Vaccination in Bombay 1889-1901 - 1889-1901
Year: 1889
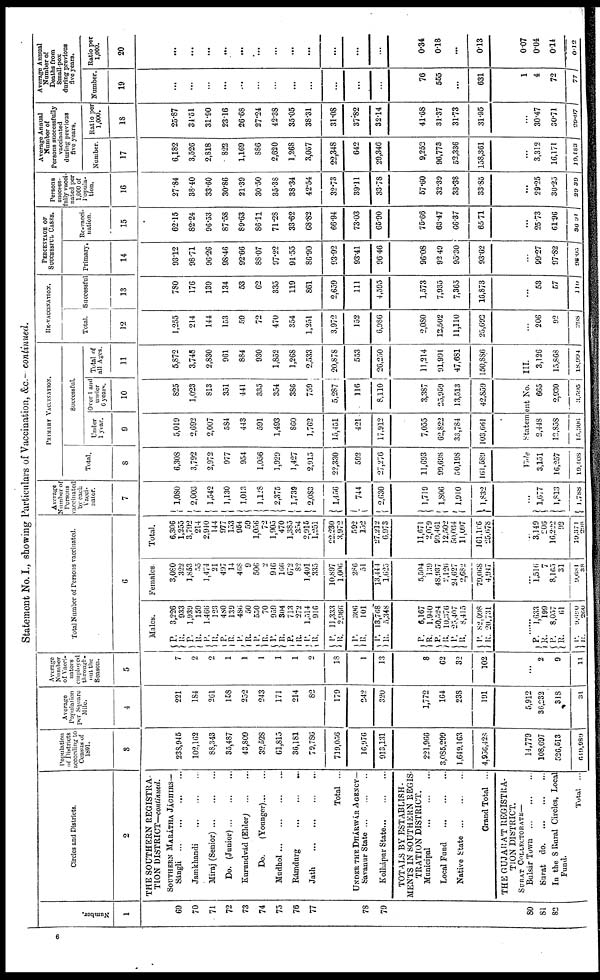
Statement No. I., showing Particulars of Vaccination, &c.— continued.
Number.
1
69
70
71
72
73
74
75
76
77
7S
79
80
81
82
Circles and Districts.
2
THE SOUTHERN REGISTRA-
TION DISTRICT—continued.
SOUTHERN MARÁTHA JÁCHIRS—
Sángli
... ... ... ...
Jamkhandi
...
...
...
Miraj
(Senior)...
...
...
Do.
(Junior)... ... ...
Kurundvád (Elder)
...
...
Do.
(Younger)... ...
Mudhol...
...
...
...
Rámdurg
...
...
...
Jath
...
...
...
...
Total ...
UNDER THE DHÁRWÁR AGENCY—
Savanur State... ... ...
Kolhápur
State...
...
...
TOTALS BY ESTABLISH¬
MENTS IN SOUTHERN REGIS-
TRATION DISTRICT.
Municipal
...
...
...
Local Fund
...
...
...
Native
State...
...
...
Grand Total ...
THE GUJARÁT REGISTRA-
TION DISTRICT.
SURAT COLLECTORATE—
Bulsár Town
...
...
...
Surat
do. ... ... ...
In the 8 Rural Circles, Local
Fund.
Total ...
Population
of Districts
according to
Census of
1891.
3
238,945
102,162
88,343
35,487
43,809
32,528
61,815
36,181
79,786
719,056
16,976
913,131
221,966
3,085,299
1,649,163
4,956,428
14,779
108,697
526,513
649,989
Average
Population
per Square
Mile.
4
221
184
261
158
232
243
171
214
82
179
242
320
1,772
164
238
191
5,912
36,232
318
31
Average
Number
of Vacci¬
nators
employed
through¬
out the
Season.
5
7
2
2
1
1
1
1
1
2
18
1
13
8
62
32
102
...
2
9
11
Total Number of Persons vaccinated.
6
Males.
P.
R. P.
R.
P.
R.
P.
R.
P.
R.
P.
R.
P.
R.
P.
R.
P.
R.
P.
R.
P.
R.
P.
R.
3,226 933
1,939
159
1,466
123
480
139
486
50
550
70
959
304
713
272
1,514
916
11,333
2,966
306 101
13,768
5,348
P.
R.
P.
R.
P.
R.
P.
R.
6,167
1,940
50,324
10,376
25,407
8,415
82,098
20,731
...
P.
R.
P.
R.
P.
R.
1,633
199
8,057
61
9,690
26.0
Females.
3,080 322
1,853
55
1,474
21
497
14
468
9
506
2
946
166
672
82
1,401
335
10,897
1,006
286
51
13,444
1,625
5,504
139
48,937
2,126
24,627
2,682
70,068
4,947
...
1,516
7
8,165
31
9,681
38
Total.
6,306 1,255
3,792
214
2,940
144
977
133
954
59
1,056
72
1,905
470
1,385
354
2,915
1,251
22,230
3,972
592
152
27,212
6,973
11,671
2,079
99,461
12,502
50,034
11,097
161,106
25,678
...
3,149
206
16,222
92
19,371
298
Average
Number of
Persons
vaccinated
by each
Vacci¬
nator.
7
1,080
2,003
1,542
1,130
1,013
1,128
2,375
1,739
2,083
1,456
744
2,630
1,719
1,806
1,910
1,832
...
1,677
1,813
1,788
PRIMARY VACCINATION.
Total.
8
6,308
3,792
2,972
977
954
1,056
1,929
1,427
2,915
22,330
592
27,276
11,693
99,698
50,198
l61,589
Successful.
Under
1 year.
9
5,019
2,692
2,007
584
443
591
1,493
860
1,762
15,451
421
17,912
7,055
62,822
33,784
103,661
Over 1 and
under
6 years.
10
825
1,023
813
351
441
335
354
386
759
5,287
116
8,110
3,387
25,959
13,513
42,859
Total of
all Ages.
11
5,872
3,748
2,830
961
884
930
1,852
1,268
2,533
20,878
553
26,250
11,214
91,991
47,681
150,886
Vide
Statement
No.
III.
3,151
16,257
19,408
2,448
12,858
15,306
665
2,930
3,595
3,126
15,868
18,994
RE-VACCINATION.
Total.
12
1,255
214
144
153
59
72
470
354
1,251
3,972
152
6,986
2,080
12,502
11,110
25,693
...
206
92
298
Successful.
13
780
176
139
134
53
62
335
119
861
2,659
111
4,595
1,573
7,935
7,365
16,873
...
53
57
110
PERCENTAGE OF
SUCCESSFUL CASES.
Primary.
14
93.12
98.71
96.26
98.46
92.66
88.07
97.22
91.55
86.90
93.92
93.41
96.46
96.08
92.49
95.30
93.62
...
99.27
97.82
98.05
Re-vacci¬
nation.
15
62.15
82.24
96.53
87.58
89.63
86.11
71.28
33.62
68.82
66.94
73.03
65.90
75.66
63.47
66.37
65.71
...
25.73
61.96
36.91
Persons
success-
fully vacci¬
nated per
1,000 of
popula¬
tion.
16
27.84
38.40
33.60
30.86
21.39
30.50
35.38
38.34
42.54
32.73
39.11
33.78
57.60
32.39
33.38
33.85
...
29.25
30.25
29.39
Average Annual
Number of
Persons successfully
vaccinated
during previous
five years.
Number.
17
6,182
3,526
2,818
822
1,169
886
2,620
1,268
3,057
22,348
642
29,346
9,252
96,773
52,336
158,361
...
3,312
16,171
19,183
Ratio per
1,000.
18
25.87
34.51
31.90
23.16
26.68
27.24
42.38
35.05
38.31
31.08
37.82
32.14
41.68
31.37
31.73
31.95
...
30.47
30.71
29.97
Average Annual
Number of
Deaths from
Small-pox
during previous
five years.
Number.
19
...
...
...
...
...
...
...
...
...
...
...
...
76
555
...
631
1
4
72
77
Ratio per
1,000.
20
...
...
...
...
...
...
...
...
...
...
...
...
0.34
0.18
...
0.13
0.07
0.04
0.14
0.12
6